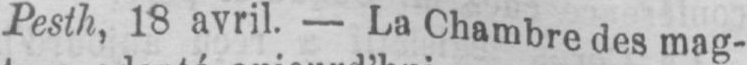
Pesth, 18 avril. - La Chambre des mag-